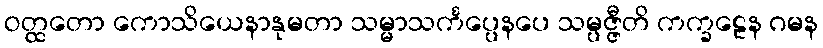
ဝတ္ထတော ကောသိယေနာနုမတာ သမ္မာသင်္ကပ္ပေနပေ သမ္ပဇ္ဇီတိ ကက္ခဠေန ဂမန